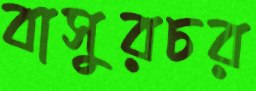
বাসুরচর